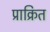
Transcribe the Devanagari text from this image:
प्राक्रित